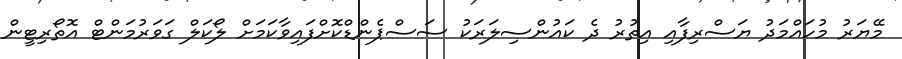
މޭޔަރު މުހައްމަދު ޔަސްރިފާއި އިތުރު ދެ ކައުންސިލަރަކު ސަސްޕެންޑްކޮށްފައިވާކަމަށް ލޯކަލް ގަވަރުމަންޓް އޮތޯރިޓީން